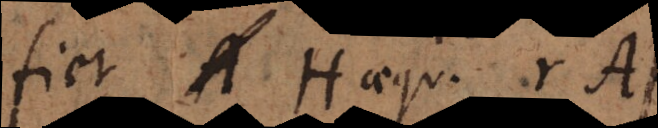
fiet H aequ. rA